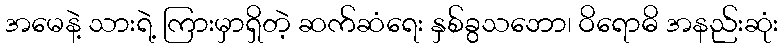
အမေနဲ့ သားရဲ့ ကြားမှာရှိတဲ့ ဆက်ဆံရေး နှစ်ခွသဘော၊ ဝိရောဓိ အနည်းဆုံး